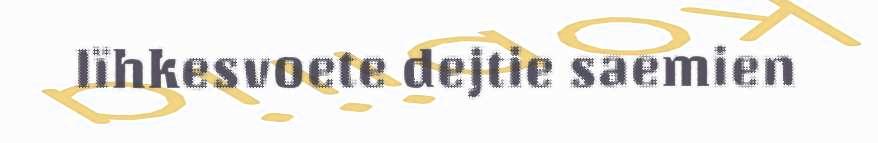
lïhkesvoete dejtie saemien